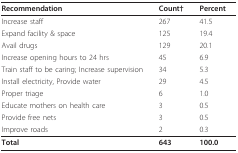
| Recommendation | Count† | Percent |
 | --- | --- | --- |
 | Increase staff | 267 | 41.5 |
 | Expand facility & space | 125 | 19.4 |
 | Avail drugs | 129 | 20.1 |
 | Increase opening hours to 24 hrs | 45 | 6.9 |
 | Train staff to be caring; Increase supervision | 34 | 5.3 |
 | Install electricity, Provide water | 29 | 4.5 |
 | Proper triage | 6 | 1.0 |
 | Educate mothers on health care | 3 | 0.5 |
 | Provide free nets | 3 | 0.5 |
 | Improve roads | 2 | 0.3 |
 | Total | 643 | 100.0 |